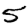
Digit: 5